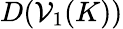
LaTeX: D(\mathcal{V}_{1}(K))